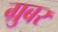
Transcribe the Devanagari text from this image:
ग्रुबर